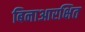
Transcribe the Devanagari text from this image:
बिनाआरक्षित